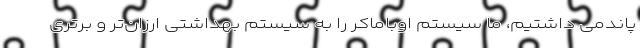
پاندمی داشتیم، ما سیستم اوباماکر را به سیستم بهداشتی ارزان‌تر و برتری